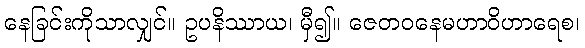
နေခြင်းကိုသာလျှင်။ ဥပနိဿာယ၊ မှီ၍။ ဇေတဝနေမဟာဝိဟာရေစ၊